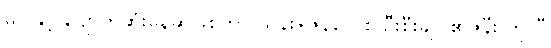
မပါနှင့် ပျောက်ဆုံးနေဆဲဖြစ်ကာ သိန်း+ဇုန်စလစ် ဦးစီးချုပ်၏ဇနီး ဘိုလီ